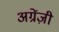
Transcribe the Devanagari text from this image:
अग्रेंज़ी